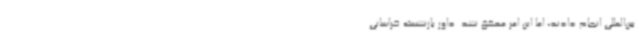
بین‌المللی انجام دادند، اما این امر محقق نشد. داور بازنشسته خراسانی